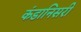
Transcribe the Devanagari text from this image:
कंडानिसरी